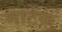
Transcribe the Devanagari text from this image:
मार्टेक